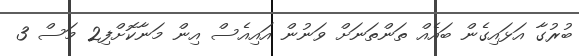
ބުރުގާ އަޅައިގެން ބައެއް ތަންތަނަށް ވަނުން އައިއެސް އިން މަނާކޮށްފި2 މަސް 3